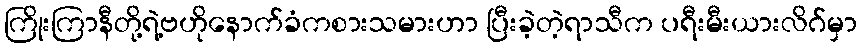
ကြိုးကြာနီတို့ရဲ့ဗဟိုနောက်ခံကစားသမားဟာ ပြီးခဲ့တဲ့ရာသီက ပရီးမီးယားလိဂ်မှာ